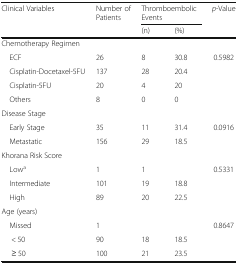
| <ROWSPAN=2> Clinical Variables | Number of Patients | <COLSPAN=2> Thromboembolic Events | <ROWSPAN=2> p-Value |
 |  | (n) | (%) |
 | --- | --- | --- | --- | --- |
 | <COLSPAN=5> Chemotherapy Regimen |
 | ECF | 26 | 8 | 30.8 | <ROWSPAN=4> 0.5982 |
 | Cisplatin-Docetaxel-5FU | 137 | 28 | 20.4 |
 | Cisplatin-5FU | 20 | 4 | 20 |
 | Others | 8 | 0 | 0 |
 | <COLSPAN=5> Disease Stage |
 | Early Stage | 35 | 11 | 31.4 | <ROWSPAN=2> 0.0916 |
 | Metastatic | 156 | 29 | 18.5 |
 | <COLSPAN=5> Khorana Risk Score |
 | Lowa | 1 | 1 |  | <ROWSPAN=3> 0.5331 |
 | Intermediate | 101 | 19 | 18.8 |
 | High | 89 | 20 | 22.5 |
 | <COLSPAN=5> Age (years) |
 | Missed | 1 |  |  | <ROWSPAN=3> 0.8647 |
 | < 50 | 90 | 18 | 18.5 |
 | ≥ 50 | 100 | 21 | 23.5 |